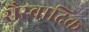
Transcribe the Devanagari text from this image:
रौरवादिक